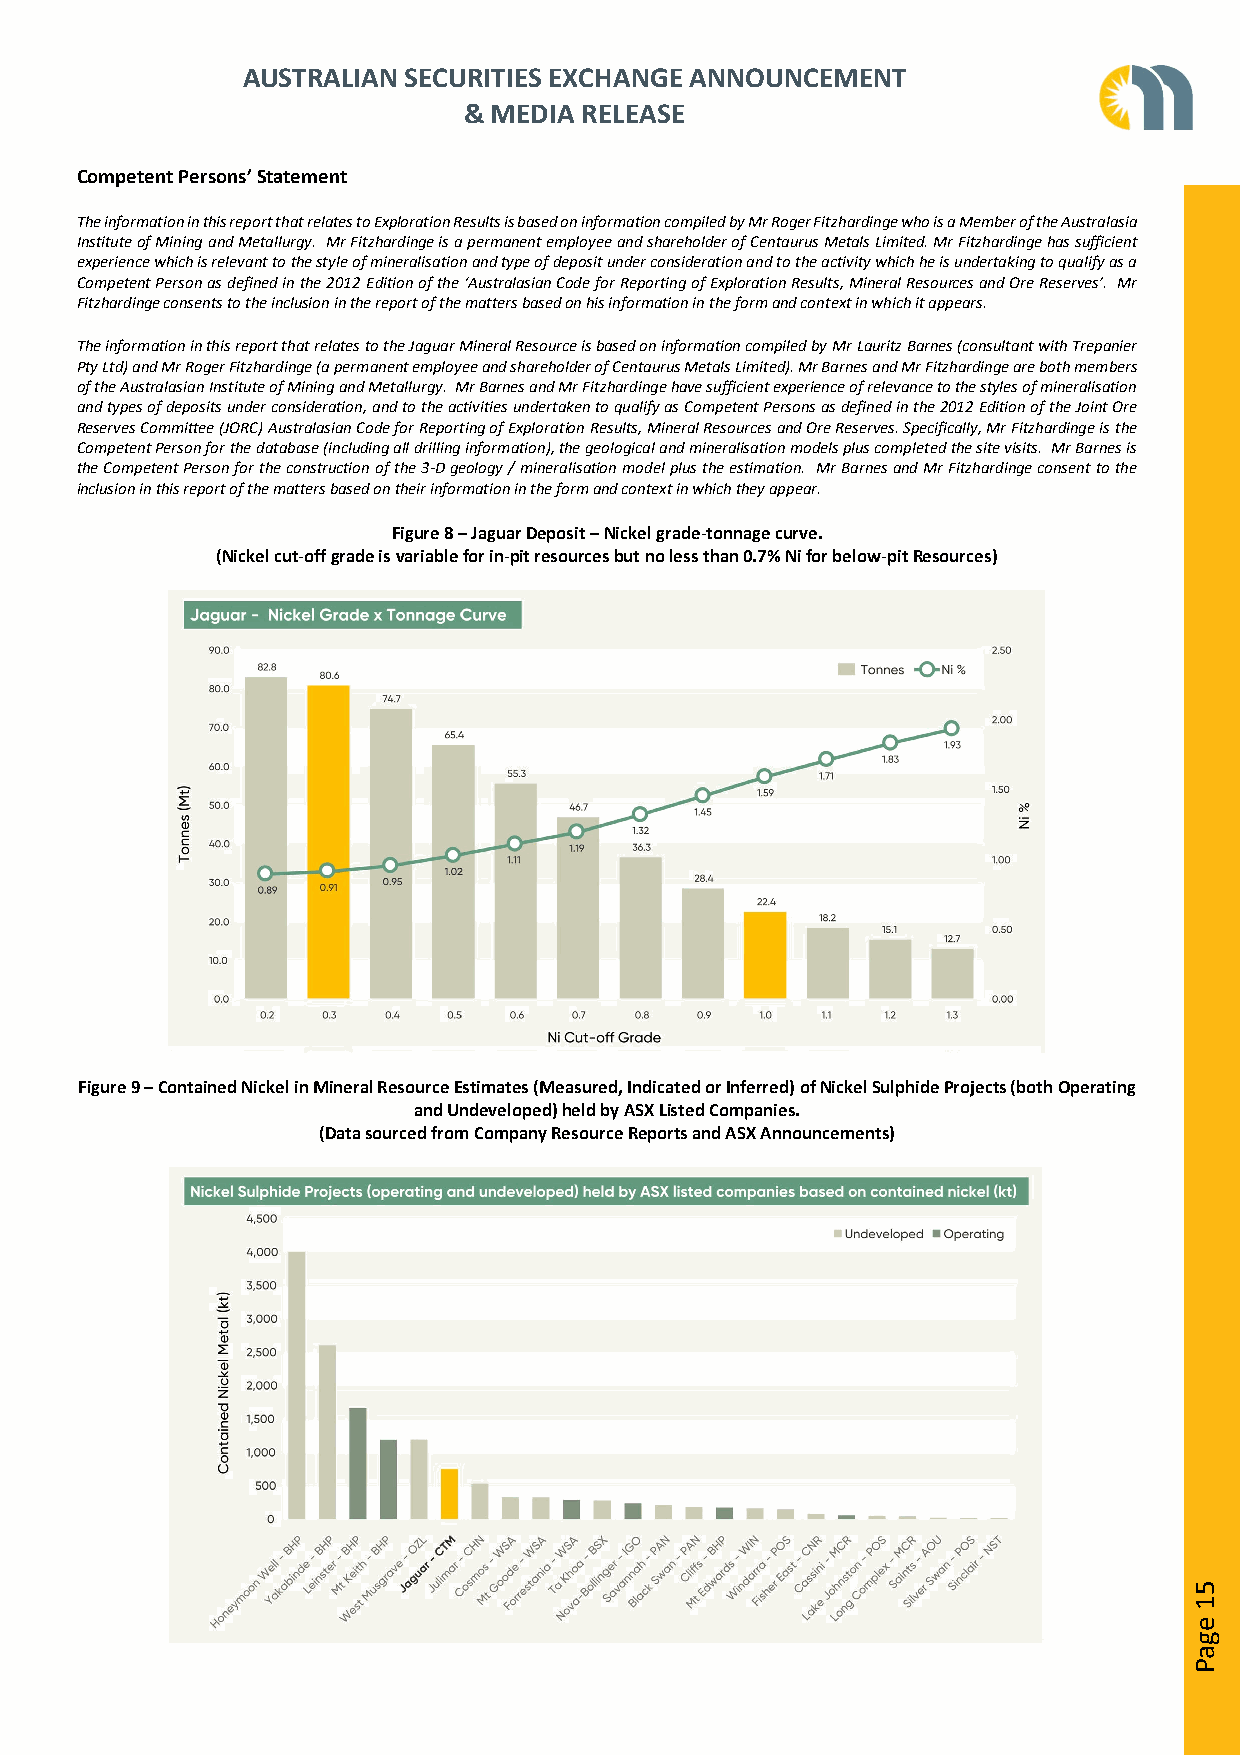
AUSTRALIAN SECURITIES EXCHANGE ANNOUNCEMENT
 & MEDIA RELEASE
 Competent Persons’ Statement
 The information in this report that relates to Exploration Results is based on information compiled by Mr Roger Fitzhardinge who is a Member of the Australasia
 Institute of Mining and Metallurgy. Mr Fitzhardinge is a permanent employee and shareholder of Centaurus Metals Limited. Mr Fitzhardinge has sufficient
 experience which is relevant to the style of mineralisation and type of deposit under consideration and to the activity which he is undertaking to qualify as a
 Competent Person as defined in the 2012 Edition of the ‘Australasian Code for Reporting of Exploration Results, Mineral Resources and Ore Reserves’. Mr
 Fitzhardinge consents to the inclusion in the report of the matters based on his information in the form and context in which it appears.
 The information in this report that relates to the Jaguar Mineral Resource is based on information compiled by Mr Lauritz Barnes (consultant with Trepanier
 Pty Ltd) and Mr Roger Fitzhardinge (a permanent employee and shareholder of Centaurus Metals Limited). Mr Barnes and Mr Fitzhardinge are both members
 of the Australasian Institute of Mining and Metallurgy. Mr Barnes and Mr Fitzhardinge have sufficient experience of relevance to the styles of mineralisation
 and types of deposits under consideration, and to the activities undertaken to qualify as Competent Persons as defined in the 2012 Edition of the Joint Ore
 Reserves Committee (JORC) Australasian Code for Reporting of Exploration Results, Mineral Resources and Ore Reserves. Specifically, Mr Fitzhardinge is the
 Competent Person for the database (including all drilling information), the geological and mineralisation models plus completed the site visits. Mr Barnes is
 the Competent Person for the construction of the 3-D geology / mineralisation model plus the estimation. Mr Barnes and Mr Fitzhardinge consent to the
 inclusion in this report of the matters based on their information in the form and context in which they appear.
 Figure 8 – Jaguar Deposit – Nickel grade-tonnage curve.
 (Nickel cut-off grade is variable for in-pit resources but no less than 0.7% Ni for below-pit Resources)
 Figure 9 – Contained Nickel in Mineral Resource Estimates (Measured, Indicated or Inferred) of Nickel Sulphide Projects (both Operating
 and Undeveloped) held by ASX Listed Companies.
 (Data sourced from Company Resource Reports and ASX Announcements)
 51
 egaP